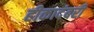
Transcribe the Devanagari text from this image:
हीकादंबरी